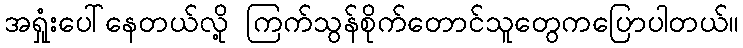
အရှုံးပေါ်နေတယ်လို့ ကြက်သွန်စိုက်တောင်သူတွေကပြောပါတယ်။